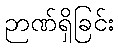
ဉာဏ်ရှိခြင်း